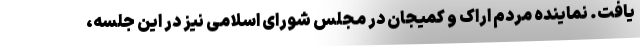
یافت. نماینده مردم اراک و کمیجان در مجلس شورای اسلامی نیز در این جلسه،